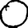
Digit: 0